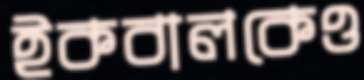
ইকবালকেও